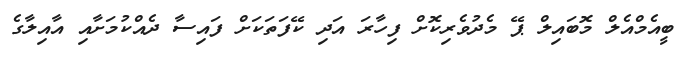
ބީއެމްއެލް މޮބައިލް ޕޭ މެދުވެރިކޮށް ފިހާރަ އަދި ކޭފަތަކަށް ފައިސާ ދެއްކުމަށާއި އާއިލާގެ